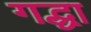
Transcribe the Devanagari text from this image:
गद्धा